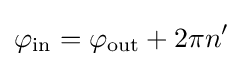
\varphi _{\mathrm {in} }=\varphi _{\mathrm {out} }+2\pi n'